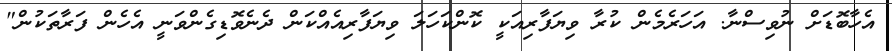
އެހާބޮޑަށް ނުވިސްނާ. އަހަރެމެން ކުރާ ވިޔަފާރިއަކީ ކޮންކަހަލަ ވިޔަފާރިއެއްކަން ދެނެވޮޑިގެންވަނީ އެހެން ފަރާތަކުން"